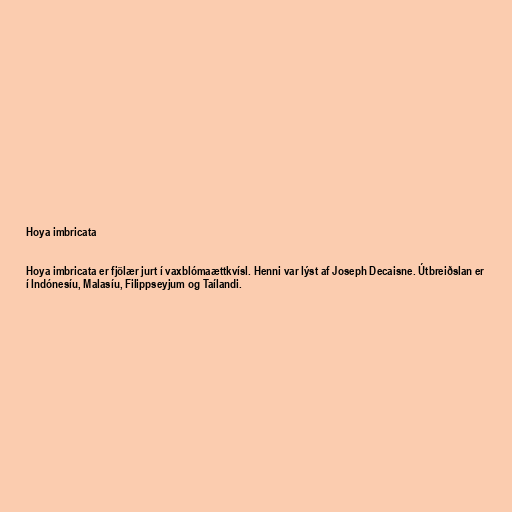
Hoya imbricata

Hoya imbricata er fjölær jurt í vaxblómaættkvísl. Henni var lýst af Joseph Decaisne. Útbreiðslan er
í Indónesíu, Malasíu, Filippseyjum og Taílandi.